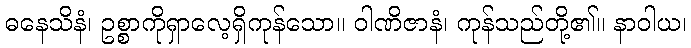
ဓနေသိနံ၊ ဥစ္စာကိုရှာလေ့ရှိကုန်သော။ ဝါဏိဇာနံ၊ ကုန်သည်တို့၏။ နာဝါယ၊